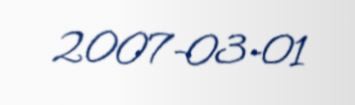
2007-03-01